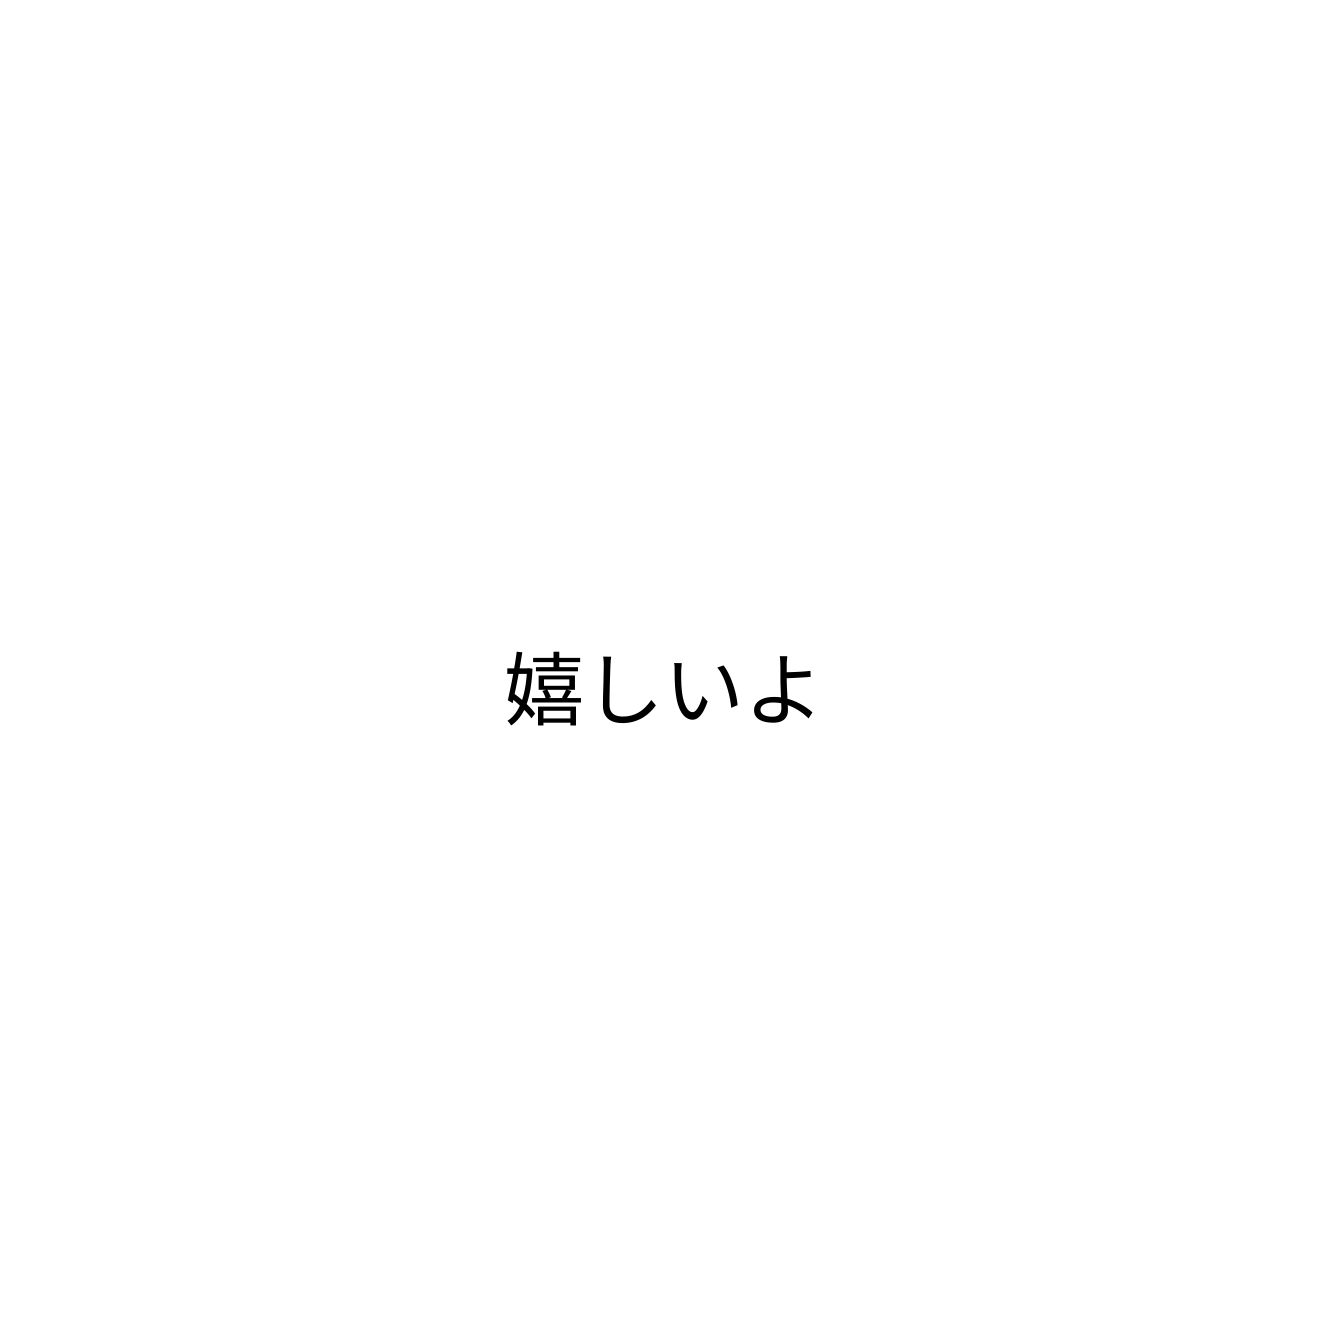
嬉しいよ